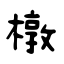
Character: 橔